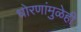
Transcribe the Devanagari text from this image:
धोरणांमुळेही